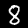
Digit: 8